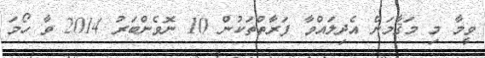
ވީމާ މި މަޤާމަށް އެދިލައްވާ ފަރާތްތަކުން 10 ނޮވެންބަރު 2014 ވާ ހޯމަ